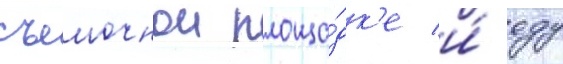
съемочнои площа́дк'е и́ еду